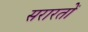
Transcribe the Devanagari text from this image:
सरारतों